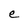
Character: e